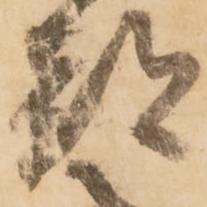
都